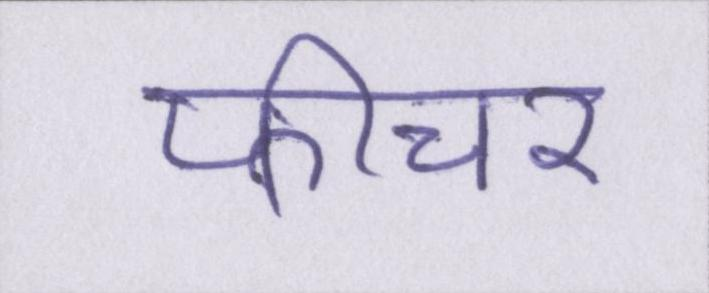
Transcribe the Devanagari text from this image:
फीचर